Enquiry on enteric fever in India - Number 32
Disease focus: Fever
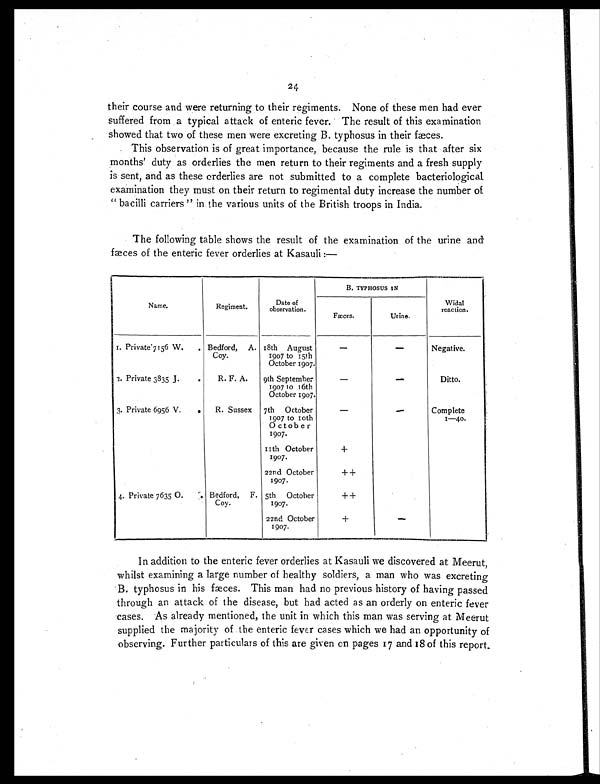
24
their course and were returning to their regiments. None of these men had ever
suffered from a typical attack of enteric fever. The result of this examination
showed that two of these men were excreting B. typhosus in their fæces.
This observation is of great importance, because the rule is that after six
months' duty as orderlies the men return to their regiments and a fresh supply
is sent, and as these orderlies are not submitted to a complete bacteriological
examination they must on their return to regimental duty increase the number of
" bacilli carriers " in the various units of the British troops in India.
The following table shows the result of the examination of the urine and
fæces of the enteric fever orderlies at Kasauli:—
Name.
Regiment.
Date of
observation.
B. TYPHOSUS IN
Widal
reaction.
Fæces.
Urine.
1. Private 7156 W.
. Bedford, A.
Coy.
18th August
1907 to 15th
October 1907.
—
—
Negative.
2. Private 3835 J.
.
R. F. A.
9th September
1907 to 16th
October 1907.
—
—
Ditto.
3. Private 6956 V.
.
R. Sussex
7th October
1907 to 10th
October
1907.
—
—
Complete
1—40.
11th October
1907.
+
22nd October
1907.
++
4. Private 7635 O.
. Bedford, F.
Coy.
5th October
1907.
+
+
22nd October
1907.
+
—
In addition to the enteric fever orderlies at Kasauli we discovered at Meerut,
whilst examining a large number of healthy soldiers, a man who was excreting
B. typhosus in his fæces. This man had no previous history of having passed
through an attack of the disease, but had acted as an orderly on enteric fever
cases. As already mentioned, the unit in which this man was serving at Meerut
supplied the majority of the enteric fever cases which we had an opportunity of
observing. Further particulars of this are given on pages 17 and 18 of this report.